Report on sanitation, dispensaries, and jails in Rajputana for 1911, and on vaccination for the year 1911-1912 - 1911-1912
Year: 1911
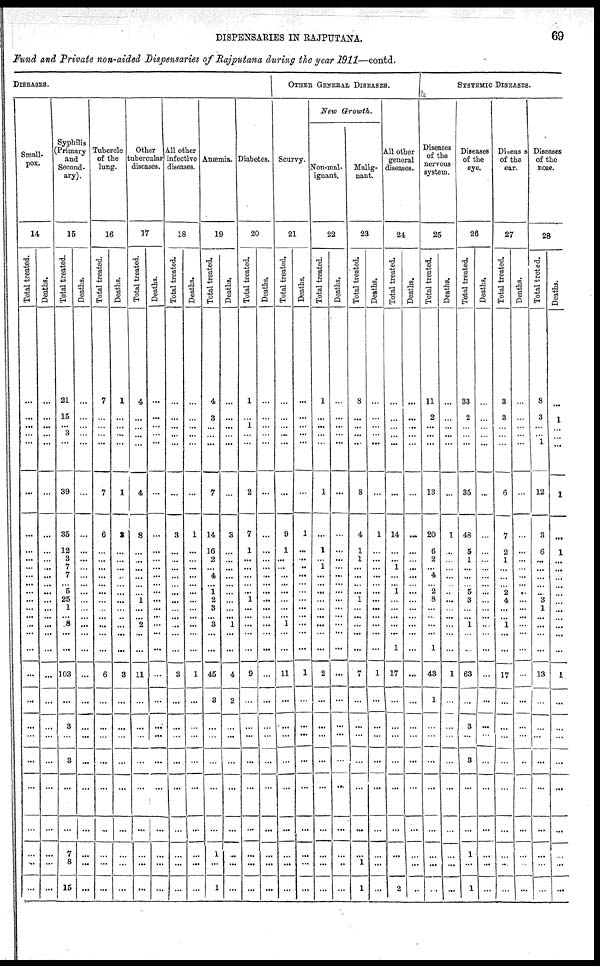
DISPENSARIES IN RAJPUTANA.
69
Fund and Private non-aided Dispensaries of Rajputana during the year 1911—contd.
DISEASES.
Small-
pox.
14
Total treated.
...
...
...
...
...
...
...
...
...
...
...
...
...
...
...
... ...
...
...
...
...
...
...
...
...
...
...
Deaths.
...
...
...
...
...
...
...
...
...
...
...
...
...
...
...
... ...
...
...
...
...
...
...
...
...
...
...
Syphilis
(Primary
and
Second-
ary).
15
Total treated.
21
15
...
3
...
39
35
12
3
7
7
... 5
25
1
... 8
...
...
103
...
3
...
3
7
8
15
Deaths.
...
...
...
...
...
...
...
...
...
...
...
...
...
...
...
... ...
...
...
...
...
...
...
...
...
...
...
Tubercle
of the
lung.
16
Total treated.
7
...
...
...
...
7
6
...
...
...
...
...
...
...
...
... ...
...
...
6
...
...
...
...
...
...
...
Deaths.
1
...
...
...
...
1
3
...
...
...
...
... ...
...
...
... ...
...
...
3
...
...
...
...
...
...
...
Other
tubercular
diseases.
17
Total treated.
4
...
...
...
...
4
8
...
...
...
...
...
...
1
...
... 2
...
...
11
...
...
...
...
...
...
...
Deaths.
...
...
...
...
...
...
...
...
...
...
...
... ...
...
...
... ...
...
...
...
...
...
...
...
...
...
...
All other
infective
diseases.
18
Total treated.
...
...
...
...
...
...
3
...
...
...
...
... ...
...
...
... ...
...
...
3
...
...
...
...
...
...
...
Deaths.
...
...
...
...
...
...
1
...
...
...
...
... ...
...
...
... ...
...
...
1
...
...
...
...
...
...
...
Anæmia.
19
Total treated.
4
3
...
...
...
7
14
16
2
...
4
... 1
2
3
... 3
...
...
45
3
...
...
...
1
...
1
Deaths.
...
...
...
...
...
...
3
...
...
...
...
...
...
...
...
... 1
...
...
4
2
...
...
...
...
...
...
Diabetes.
20
Total treated.
1
...
1
...
...
2
7
1
...
...
...
... ...
1
...
... ...
...
...
9
...
...
...
...
...
...
...
Deaths.
...
...
...
...
...
...
...
...
...
...
...
... ...
...
...
... ...
...
...
...
...
...
...
...
...
...
...
OTHER GENERAL DISEASES.
Scurvy.
21
Total treated.
...
...
...
...
...
...
9
1
...
...
...
... ...
...
...
... 1
...
...
11
...
...
...
...
...
...
...
Deaths.
...
...
...
...
...
...
1
...
...
...
...
... ...
...
...
... ...
...
...
1
...
...
...
...
...
...
...
New Growth.
Non-mal-
ignant.
22
Total treated.
1
...
...
...
...
1
...
1
...
1
...
... ...
...
...
... ...
...
...
2
...
...
...
...
...
...
...
Deaths.
...
...
...
...
...
...
...
...
...
...
...
... ...
...
...
... ...
...
...
...
...
...
...
..
...
...
...
Malig-
nant.
23
Total treated.
8
...
...
...
...
8
4
1
1
...
...
... ...
1
...
... ...
...
...
7
...
...
...
...
...
1
1
Deaths.
...
...
...
...
...
...
1
...
...
...
...
... ...
...
...
... ...
...
...
1
...
...
...
...
...
...
...
All other
general
diseases.
24
Total treated.
...
...
...
...
...
...
14
...
...
1
...
... 1
...
...
... ...
...
1
17
...
...
...
...
...
...
2
Deaths.
...
...
...
...
...
...
...
...
...
...
...
... ...
...
...
... ...
...
...
...
...
...
...
...
...
...
...
SYSTEMIC DISEASES.
Diseases
of the
nervous
system.
25
Total treated.
11
2
...
...
...
13
20
6
2
...
4
... 2
8
...
... ...
...
1
43
1
...
...
...
...
...
...
Deaths.
...
...
...
...
...
...
1
...
...
...
...
... ...
...
...
... ...
...
...
1
...
...
...
...
...
...
...
Diseases
of the
eye.
26
Total treated.
33
2
...
...
...
35
48
5
1
...
...
... 5
3
...
... 1
...
...
63
...
3
...
3
1
...
1
Deaths.
...
...
...
...
...
...
...
...
...
...
...
... ...
...
...
... ...
...
...
...
...
...
...
...
...
...
...
Diseases
of the
ear.
27
Total treated.
3
3
...
...
...
6
7
2
1
...
...
2
4
...
... 1
...
...
17
...
...
...
...
...
...
...
Deaths.
...
...
...
...
...
...
...
...
...
...
...
... ...
...
...
... ...
...
...
...
...
...
...
...
...
...
...
Diseases
of the
nose.
28
Total treted.
8
3
...
...
1
12
3
6
...
...
...
... ...
3
1
... ...
...
...
13
...
...
...
...
...
...
...
Deaths.
...
1
...
...
...
1
...
1
...
...
...
...
...
...
...
... ...
...
...
1
...
...
...
...
...
...
...